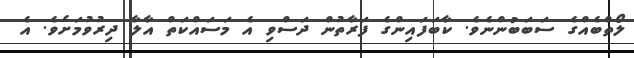
ލޯތްބެއްގެ ސަބަބުންނެވެ. ކާބަފައިންގެ ފަރާތުން ދަސްވި އެ މަސައްކަތް އާލާ ދިރުވުމަށެވެ. އެ